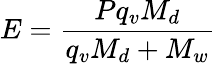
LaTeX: E=\frac{Pq_{v}M_{d}}{q_{v}M_{d}+M_{w}}